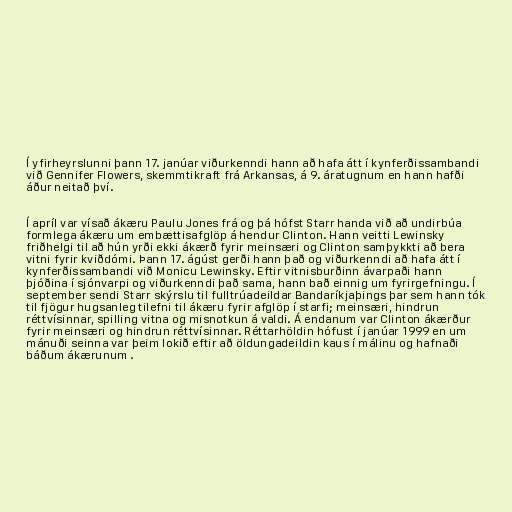
Í yfirheyrslunni þann 17. janúar viðurkenndi hann að hafa átt í kynferðissambandi
við Gennifer Flowers, skemmtikraft frá Arkansas, á 9. áratugnum en hann hafði
áður neitað því.

Í apríl var vísað ákæru Paulu Jones frá og þá hófst Starr handa við að undirbúa
formlega ákæru um embættisafglöp á hendur Clinton. Hann veitti Lewinsky
friðhelgi til að hún yrði ekki ákærð fyrir meinsæri og Clinton samþykkti að bera
vitni fyrir kviðdómi. Þann 17. ágúst gerði hann það og viðurkenndi að hafa átt í
kynferðissambandi við Monicu Lewinsky. Eftir vitnisburðinn ávarpaði hann
þjóðina í sjónvarpi og viðurkenndi það sama, hann bað einnig um fyrirgefningu. Í
september sendi Starr skýrslu til fulltrúadeildar Bandaríkjaþings þar sem hann tók
til fjögur hugsanleg tilefni til ákæru fyrir afglöp í starfi; meinsæri, hindrun
réttvísinnar, spilling vitna og misnotkun á valdi. Á endanum var Clinton ákærður
fyrir meinsæri og hindrun réttvísinnar. Réttarhöldin hófust í janúar 1999 en um
mánuði seinna var þeim lokið eftir að öldungadeildin kaus í málinu og hafnaði
báðum ákærunum .